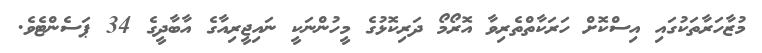
މުޒާހަރާތަކުގައި އިސްކޮށް ހަރަކާތްތެރިވާ އޮރޯމޯ ދަރިކޮޅުގެ މީހުންނަކީ ނައިޖީރިއާގެ އާބާދީގެ 34 ޕަސެންޓެވެ.